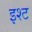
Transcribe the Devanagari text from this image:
इश्ट